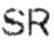
SR